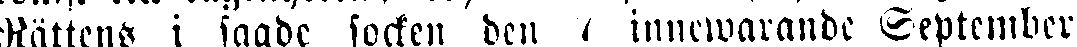
Rättens i sagde socken den / innewarande September